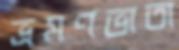
ভ্রমণভাতা